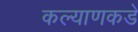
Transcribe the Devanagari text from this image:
कल्याणकडे